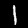
Label: 1